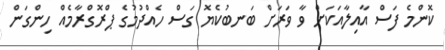
ކޮންމެ ފަސް އާއިލާއަކަށް ވާ ވަރަށް ބަނބުކެޔޮ ގަސް ހެއްދުމުގެ ޕްރޮގްރާމެއް ހިންގަން